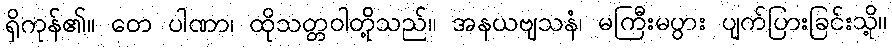
ရှိကုန်၏။ တေ ပါဏာ၊ ထိုသတ္တဝါတို့သည်။ အနယဗျသနံ၊ မကြီးမပွား ပျက်ပြားခြင်းသို့။